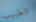
الطبيب